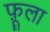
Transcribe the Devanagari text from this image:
फ़ूला